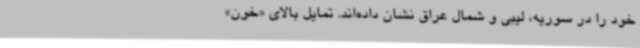
خود را در سوریه، لیبی و شمال عراق نشان داده‌اند. تمایل بالای «خون»